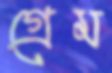
গ্রেম